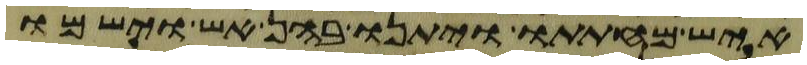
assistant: איש מחתתו ויתנו בהן אש וישמו